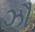
ઝૌ